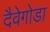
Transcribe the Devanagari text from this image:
दैवेगोडा